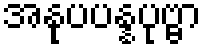
အနုပပန္နပုဗ္ဗာ